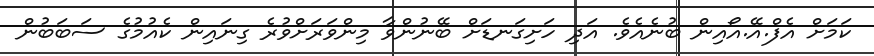
ކަމަށް އެފް.އޭ.އޯއިން ބުނެއެވެ. އަދި ހަށިގަނޑަށް ބޭނުންވާ މިންވަރަށްވުރެ ގިނައިން ކެއުމުގެ ސަބަބުން